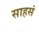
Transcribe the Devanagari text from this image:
साहसं